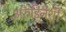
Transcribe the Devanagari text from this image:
अरुंडिनेशी